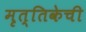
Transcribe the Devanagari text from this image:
मृत्तिकेची